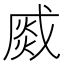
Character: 𤋆